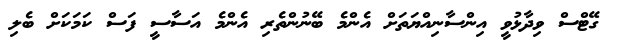
ގޭޓްސް ވިދާޅުވީ އިންސާނިއްޔަތަށް އެންމެ ބޭނުންތެރި އެންމެ އަސާސީ ފަސް ކަމަކަށް ބެލި